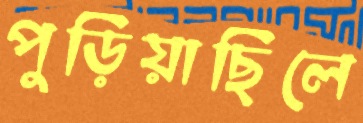
পুড়িয়াছিলে